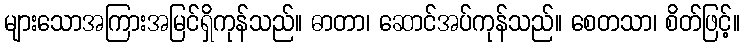
များသောအကြားအမြင်ရှိကုန်သည်။ ဓာတာ၊ ဆောင်အပ်ကုန်သည်။ စေတသာ၊ စိတ်ဖြင့်။